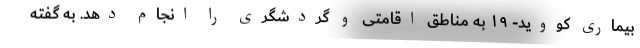
بیماری کووید- ۱۹ به مناطق اقامتی و گردشگری را انجام دهد. به گفته